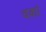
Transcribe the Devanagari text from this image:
वर्का